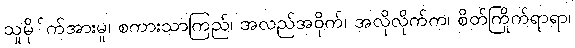
သူမို်က်အားမူ၊ စကားသာကြည်၊ အလည်အဝိုက်၊ အလိုလိုက်က၊ စိတ်ကြိုက်ရာရာ၊